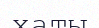
хаты